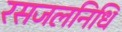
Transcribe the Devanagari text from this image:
रसजलनिधि